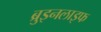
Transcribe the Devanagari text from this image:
ब्रुइनलाइफ